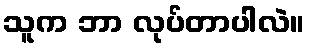
သူက ဘာ လုပ်တာပါလဲ။